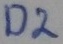
Text: D2